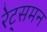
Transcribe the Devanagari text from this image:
रेट्समन